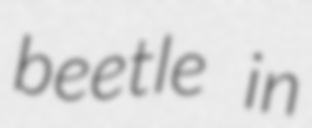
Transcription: beetle in